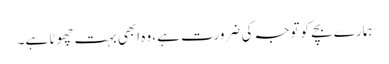
ہمارے بچے کوتوجہ کی ضرورت ہے، وہ ابھی بہت چھوٹا ہے۔